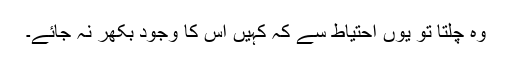
وہ چلتا تو یوں احتیاط سے کہ کہیں اس کا وجود بکھر نہ جائے۔